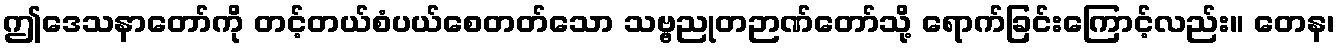
ဤဒေသနာတော်ကို တင့်တယ်စံပယ်စေတတ်သော သဗ္ဗညုတဉာဏ်တော်သို့ ရောက်ခြင်းကြောင့်လည်း။ တေန၊